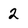
Character: 2